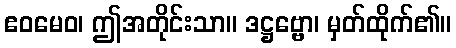
ဧဝမေဝ၊ ဤအတိုင်းသာ။ ဒဋ္ဌဗ္ဗော၊ မှတ်ထိုက်၏။